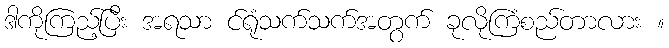
ဒါကိုကြည့်ပြီး အရသာ င်ရုံသက်သက်အတွက် ခုလိုကြံစည်တာလား ။